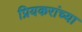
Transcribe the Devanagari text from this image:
प्रियकरांच्या